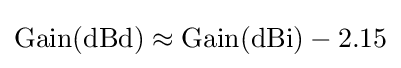
\mathrm {Gain(dBd)} \approx \mathrm {Gain(dBi)} -2.15